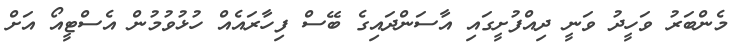
މެންބަރު ވަހީދު ވަނީ ދިއްފުށީގައި އާސަންދައިގެ ބޭސް ފިހާރައެއް ހުޅުވުމުން އެސްޓީއޯ އަށް